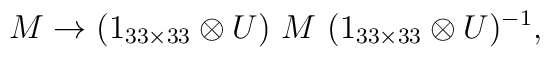
M  \rightarrow (1_{33 \times 33} \otimes U) \ M \                     (1_{33 \times 33} \otimes U)^{-1},